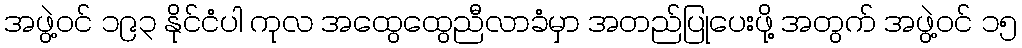
အဖွဲ့ဝင် ၁၉၃ နိုင်ငံပါ ကုလ အထွေထွေညီလာခံမှာ အတည်ပြုပေးဖို့ အတွက် အဖွဲ့ဝင် ၁၅